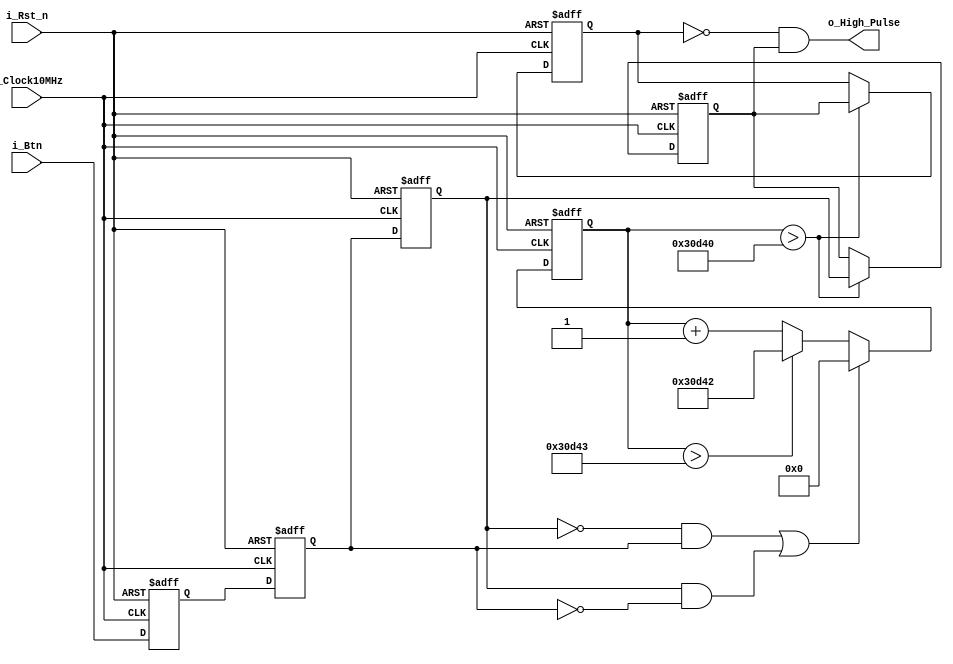
// button jitter debounce 
module Button_Debounce(input wire i_Btn,
							  input wire i_Rst_n,
							  input wire i_Clock10MHz,
							  output wire o_High_Pulse);
							  
	reg [17:0] Counter_clk;
	reg in_q1, in_q2, in_q3;
	reg out_q1, out_q2;
	wire IN_Rising, IN_Falling;
	wire OUT_Rising;
	
	always @(posedge i_Clock10MHz or negedge i_Rst_n)
	begin
		if (!i_Rst_n)
			begin
				in_q1<=1'b1;
				in_q2<=1'b1;
				in_q3<=1'b1;
			end
		else
			begin
				in_q1<=i_Btn;
				in_q2<=in_q1;
				in_q3<=in_q2;
			end
	end
	assign	IN_Rising= ((!in_q3) & in_q2);
	assign	IN_Falling=(in_q3 & (!in_q2));

	always @(posedge i_Clock10MHz or negedge i_Rst_n)
	begin
		if(!i_Rst_n)
			begin
				Counter_clk<=18'b00_0000_0000_0000_0000;
			end
		else
			begin
				if(IN_Rising|IN_Falling)
					Counter_clk<=18'b00_0000_0000_0000_0000;
				else
					begin
						Counter_clk<=Counter_clk+1'b1;
						if (Counter_clk>18'b11_0000_1101_0100_0011)    //18'b11_0000_1101_0100_1111=200k+15
							Counter_clk<=18'b11_0000_1101_0100_0010; //18'b11_0000_1101_0100_0011=200k+3
					end
			end
	end
	
	always @(posedge i_Clock10MHz or negedge i_Rst_n)
	begin
		if (!i_Rst_n)
			begin
				out_q1<=1'b1;
				out_q2<=1'b1;
			end
		else
			begin
				if(Counter_clk>18'b11_0000_1101_0100_0000)
					begin
						out_q1<=in_q3;
						out_q2<=out_q1;
					end
			end
			
	end
	assign o_High_Pulse= ((!out_q2) & out_q1);
	
endmodule